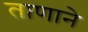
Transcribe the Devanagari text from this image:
ताणाने